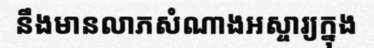
នឹងមានលាភសំណាងអស្ចារ្យក្នុង